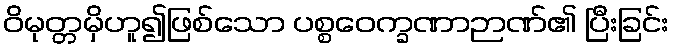
ဝိမုတ္တမှိဟူ၍ဖြစ်သော ပစ္စဝေက္ခဏာဉာဏ်၏ ပြီးခြင်း